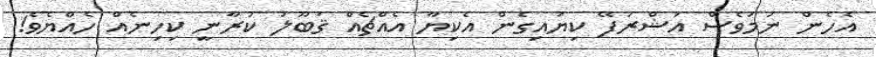
އެހެން ނަމަވެސް އަޝްރަފޭ ކިޔައިގެން އެކިޔާ އެއްޗެއް ޤަބޫލު ކުރާނީ ކިހިނެއް ހެއްޔެވެ!